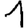
Digit: 1